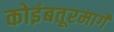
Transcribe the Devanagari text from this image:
कोइंबतूरमार्गे